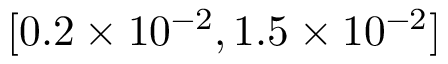
[ 0 . 2 \times 1 0 ^ { - 2 } , 1 . 5 \times 1 0 ^ { - 2 } ]